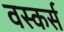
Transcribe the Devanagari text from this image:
वस्कर्स